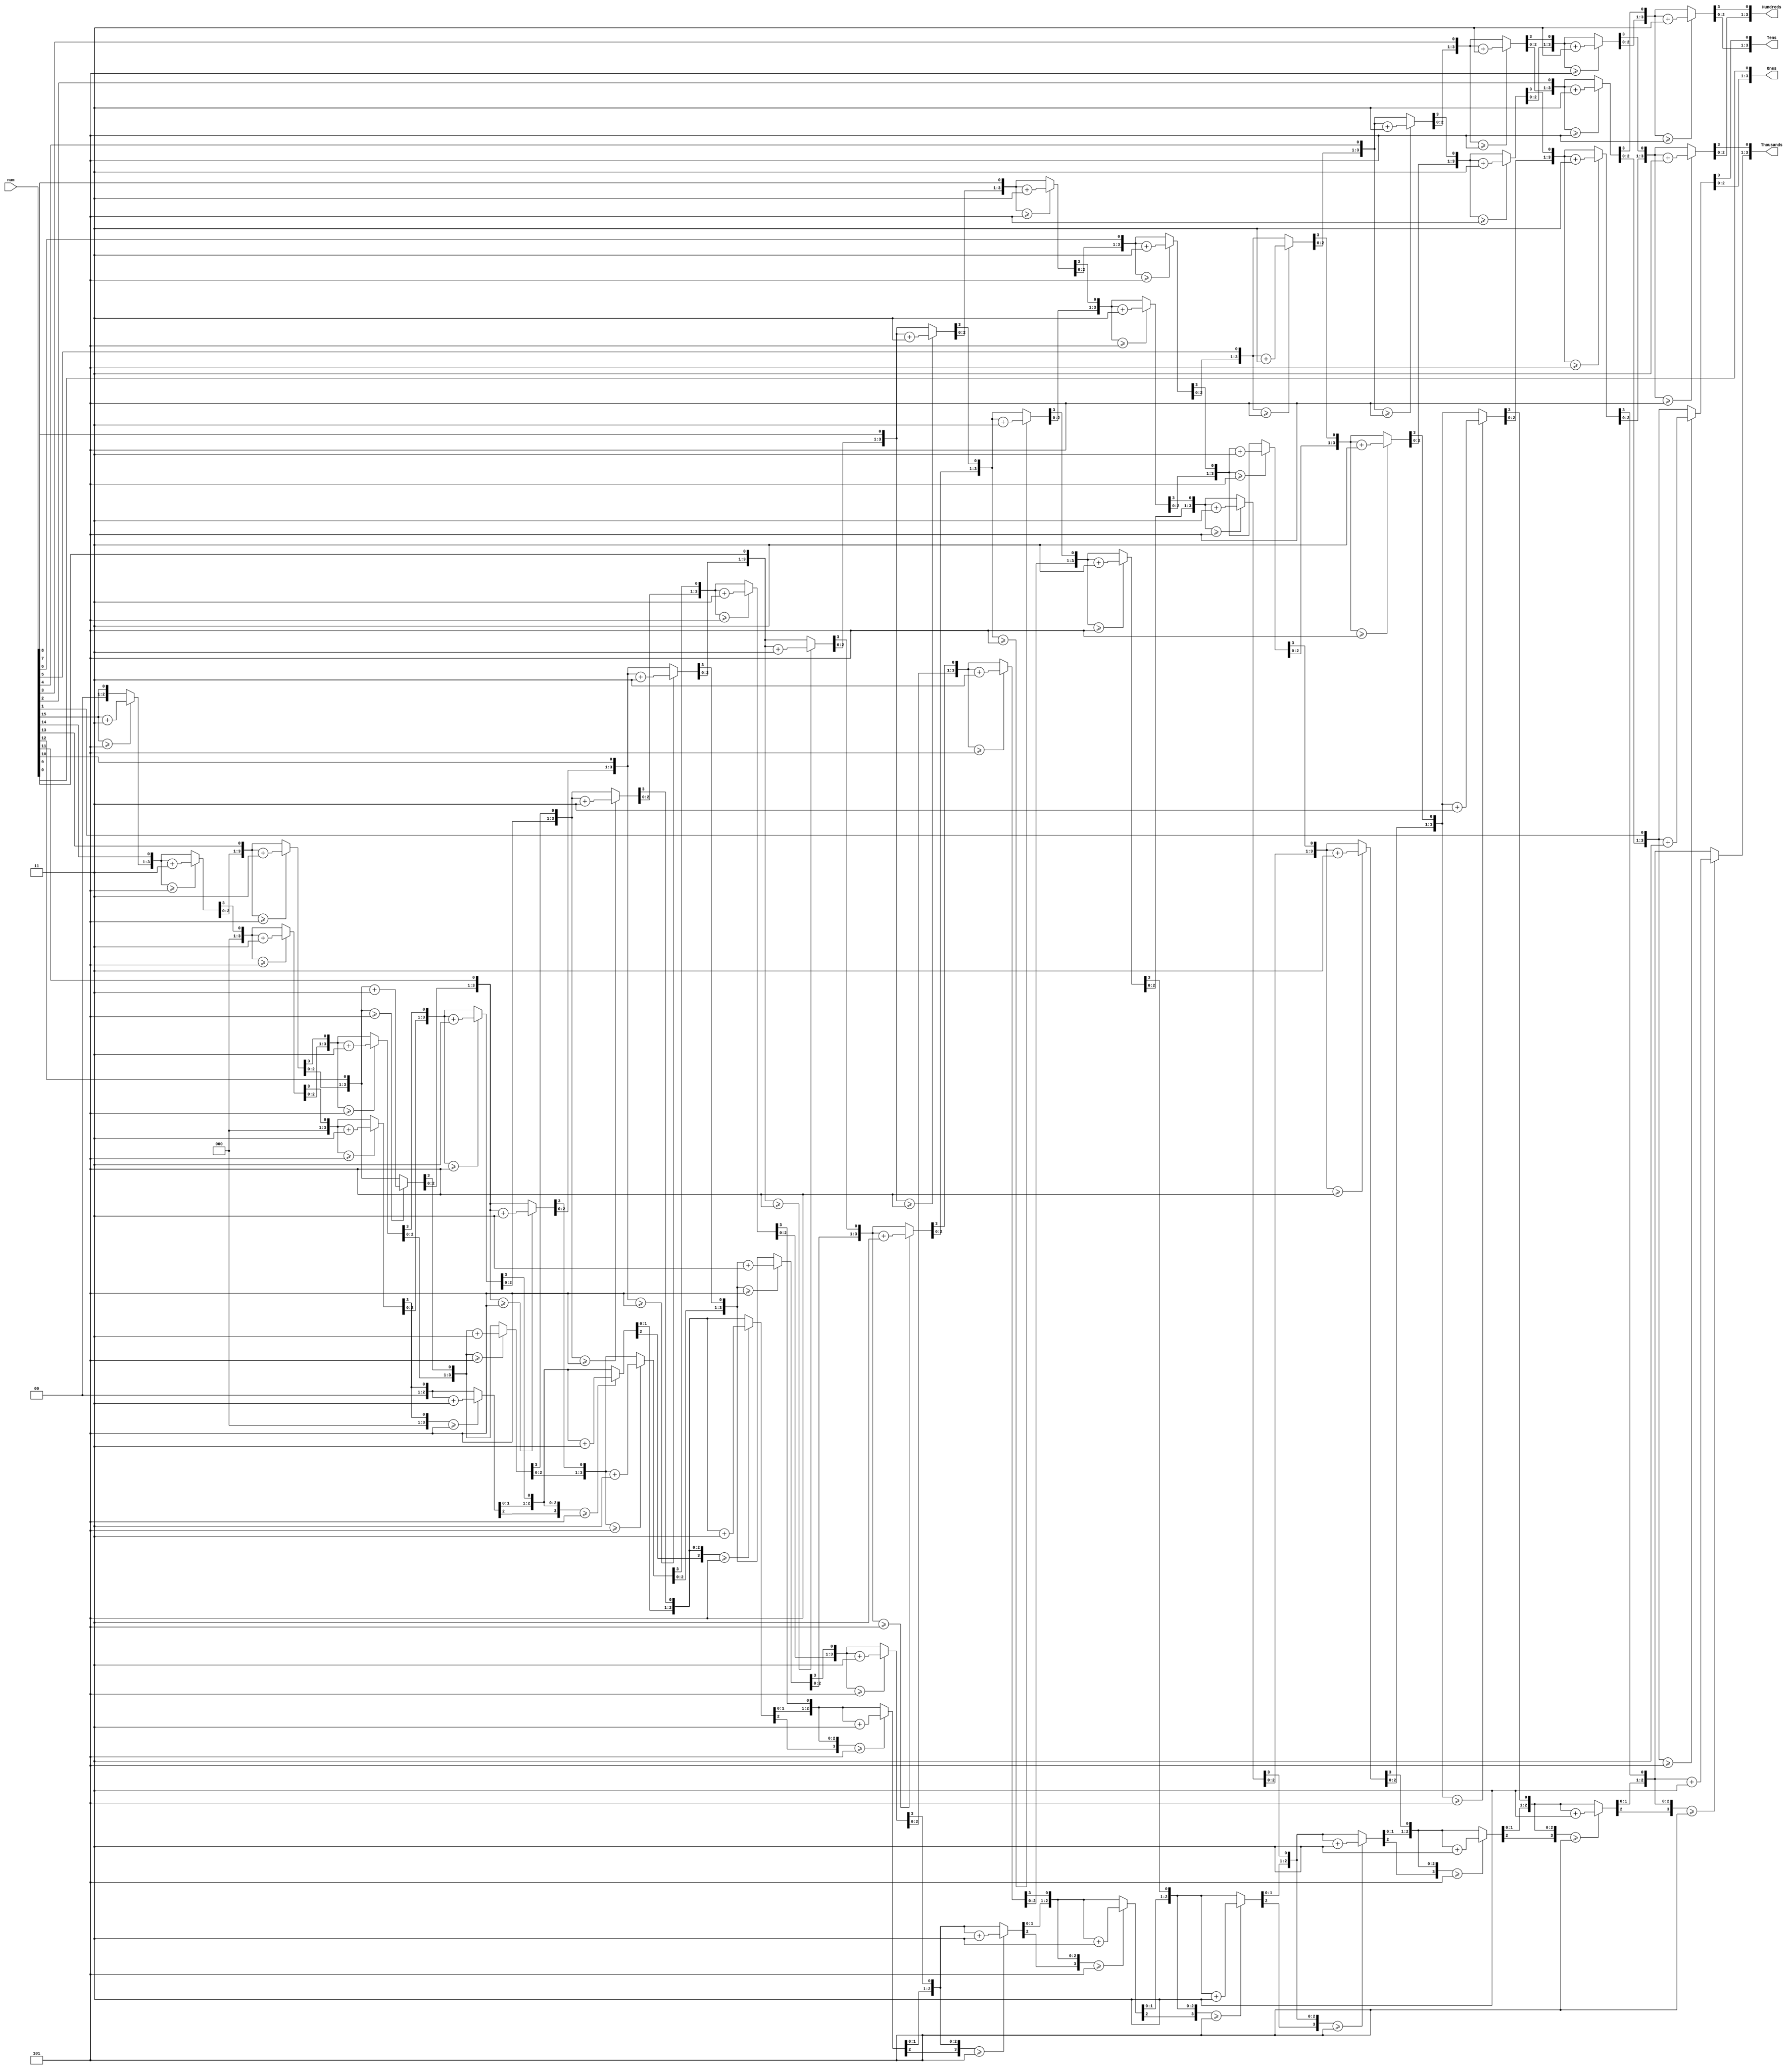
`timescale 1ns / 1ps


module BCD (
input [15:0] num,
output reg [3:0] Thousands,
output reg [3:0] Hundreds,
output reg [3:0] Tens,
output reg [3:0] Ones
);

integer i;
always @(num)
begin
//initialization
Thousands = 4'd0;
Hundreds = 4'd0;
Tens = 4'd0;
Ones = 4'd0;
for (i = 15; i >= 0 ; i = i-1 )
begin
if(Thousands >= 5)
Thousands = Thousands + 3;
if(Hundreds >= 5 )
Hundreds = Hundreds + 3;
if (Tens >= 5 )
Tens = Tens + 3;
if (Ones >= 5)
Ones = Ones +3;
//shift left one
Thousands = Thousands << 1;
Thousands[0] = Hundreds[3];
Hundreds = Hundreds << 1;
Hundreds [0] = Tens [3];
Tens = Tens << 1;
Tens [0] = Ones[3];
Ones = Ones << 1;
Ones[0] = num[i];
end
end
endmodule